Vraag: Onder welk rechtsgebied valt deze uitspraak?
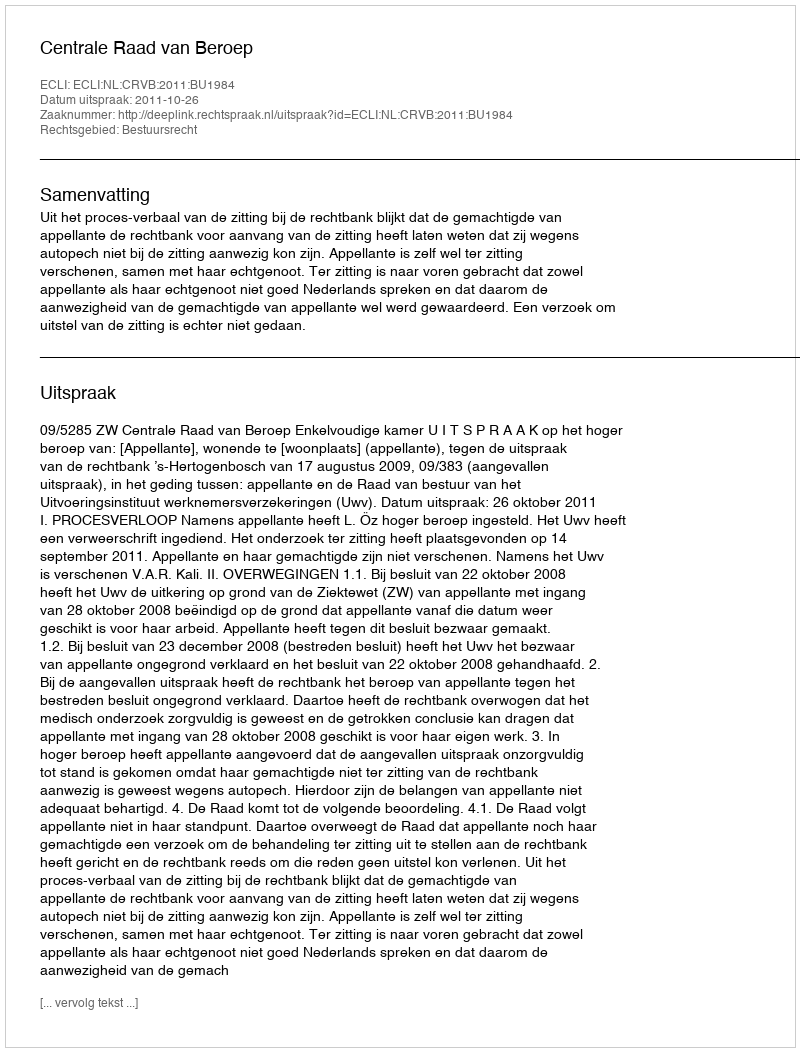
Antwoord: Bestuursrecht